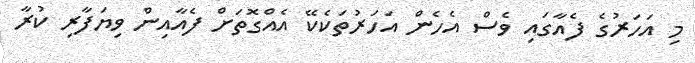
މި އަހަރުގެ ފެއާގައި ވެސް އެހެން އަހަރުތަކެކޭ އެއްގޮތަށް ފެއާއިން ވިޔަފާރި ކުރާ